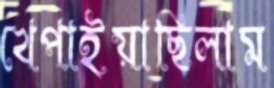
খেপাইয়াছিলাম